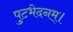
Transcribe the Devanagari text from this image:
पुटभेदनम्।